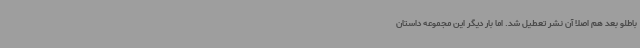
باطلو بعد هم اصلا آن نشر تعطیل شد. اما بار دیگر این مجموعه داستان